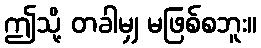
ဤသို့ တခါမျှ မဖြစ်စဘူး။